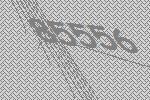
85556